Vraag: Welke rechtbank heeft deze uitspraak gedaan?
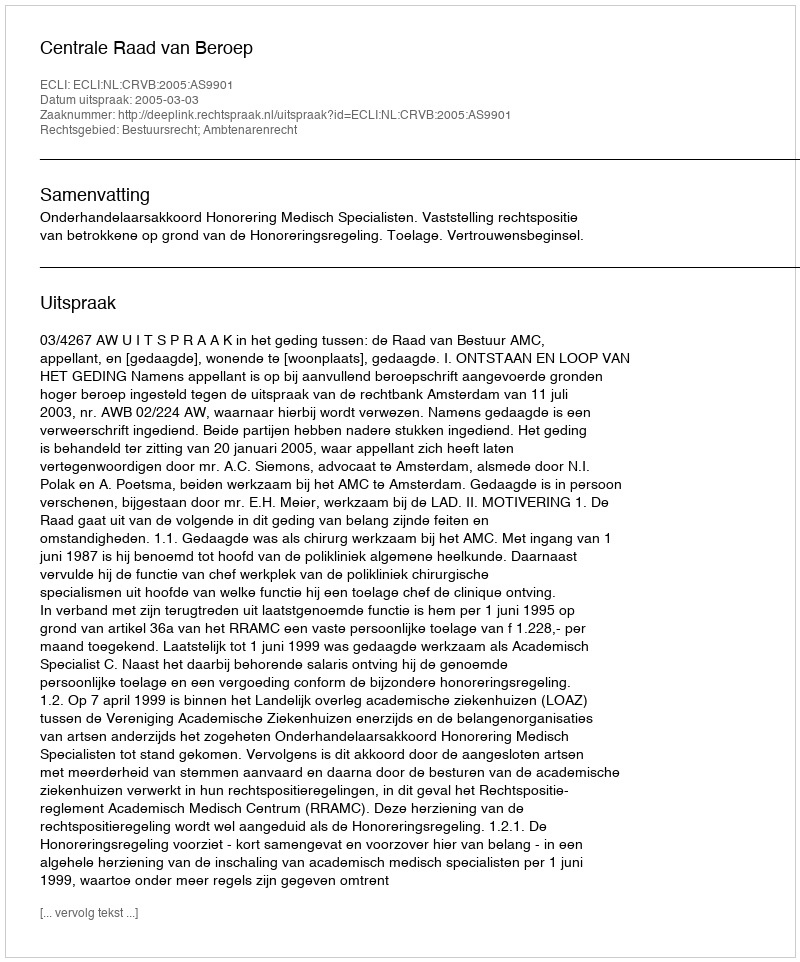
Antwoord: Centrale Raad van Beroep